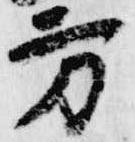
方